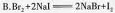
B.$$Br_{2}+2Nal=2NaBr+I_{2}$$